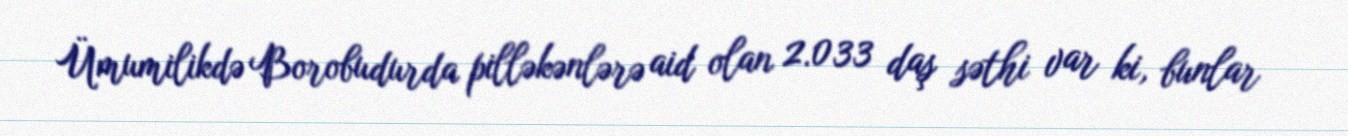
Ümumilikdə Borobudurda pilləkənlərə aid olan 2.033 daş səthi var ki, bunlar